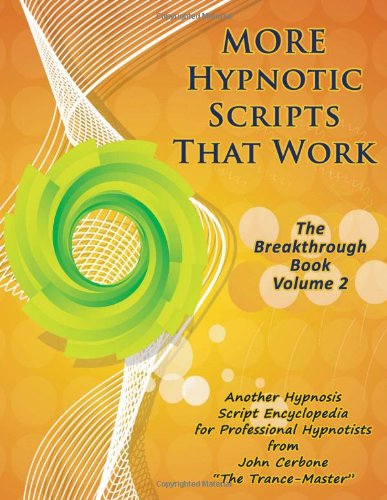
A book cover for More Hypnotic Scripts That Work: The Breakthrough Book - Volume 2; John Cerbone; Health, Fitness & Dieting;